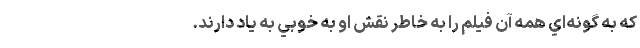
که به گونه‌اي همه آن فيلم را به خاطر نقش او به خوبي به ياد دارند.